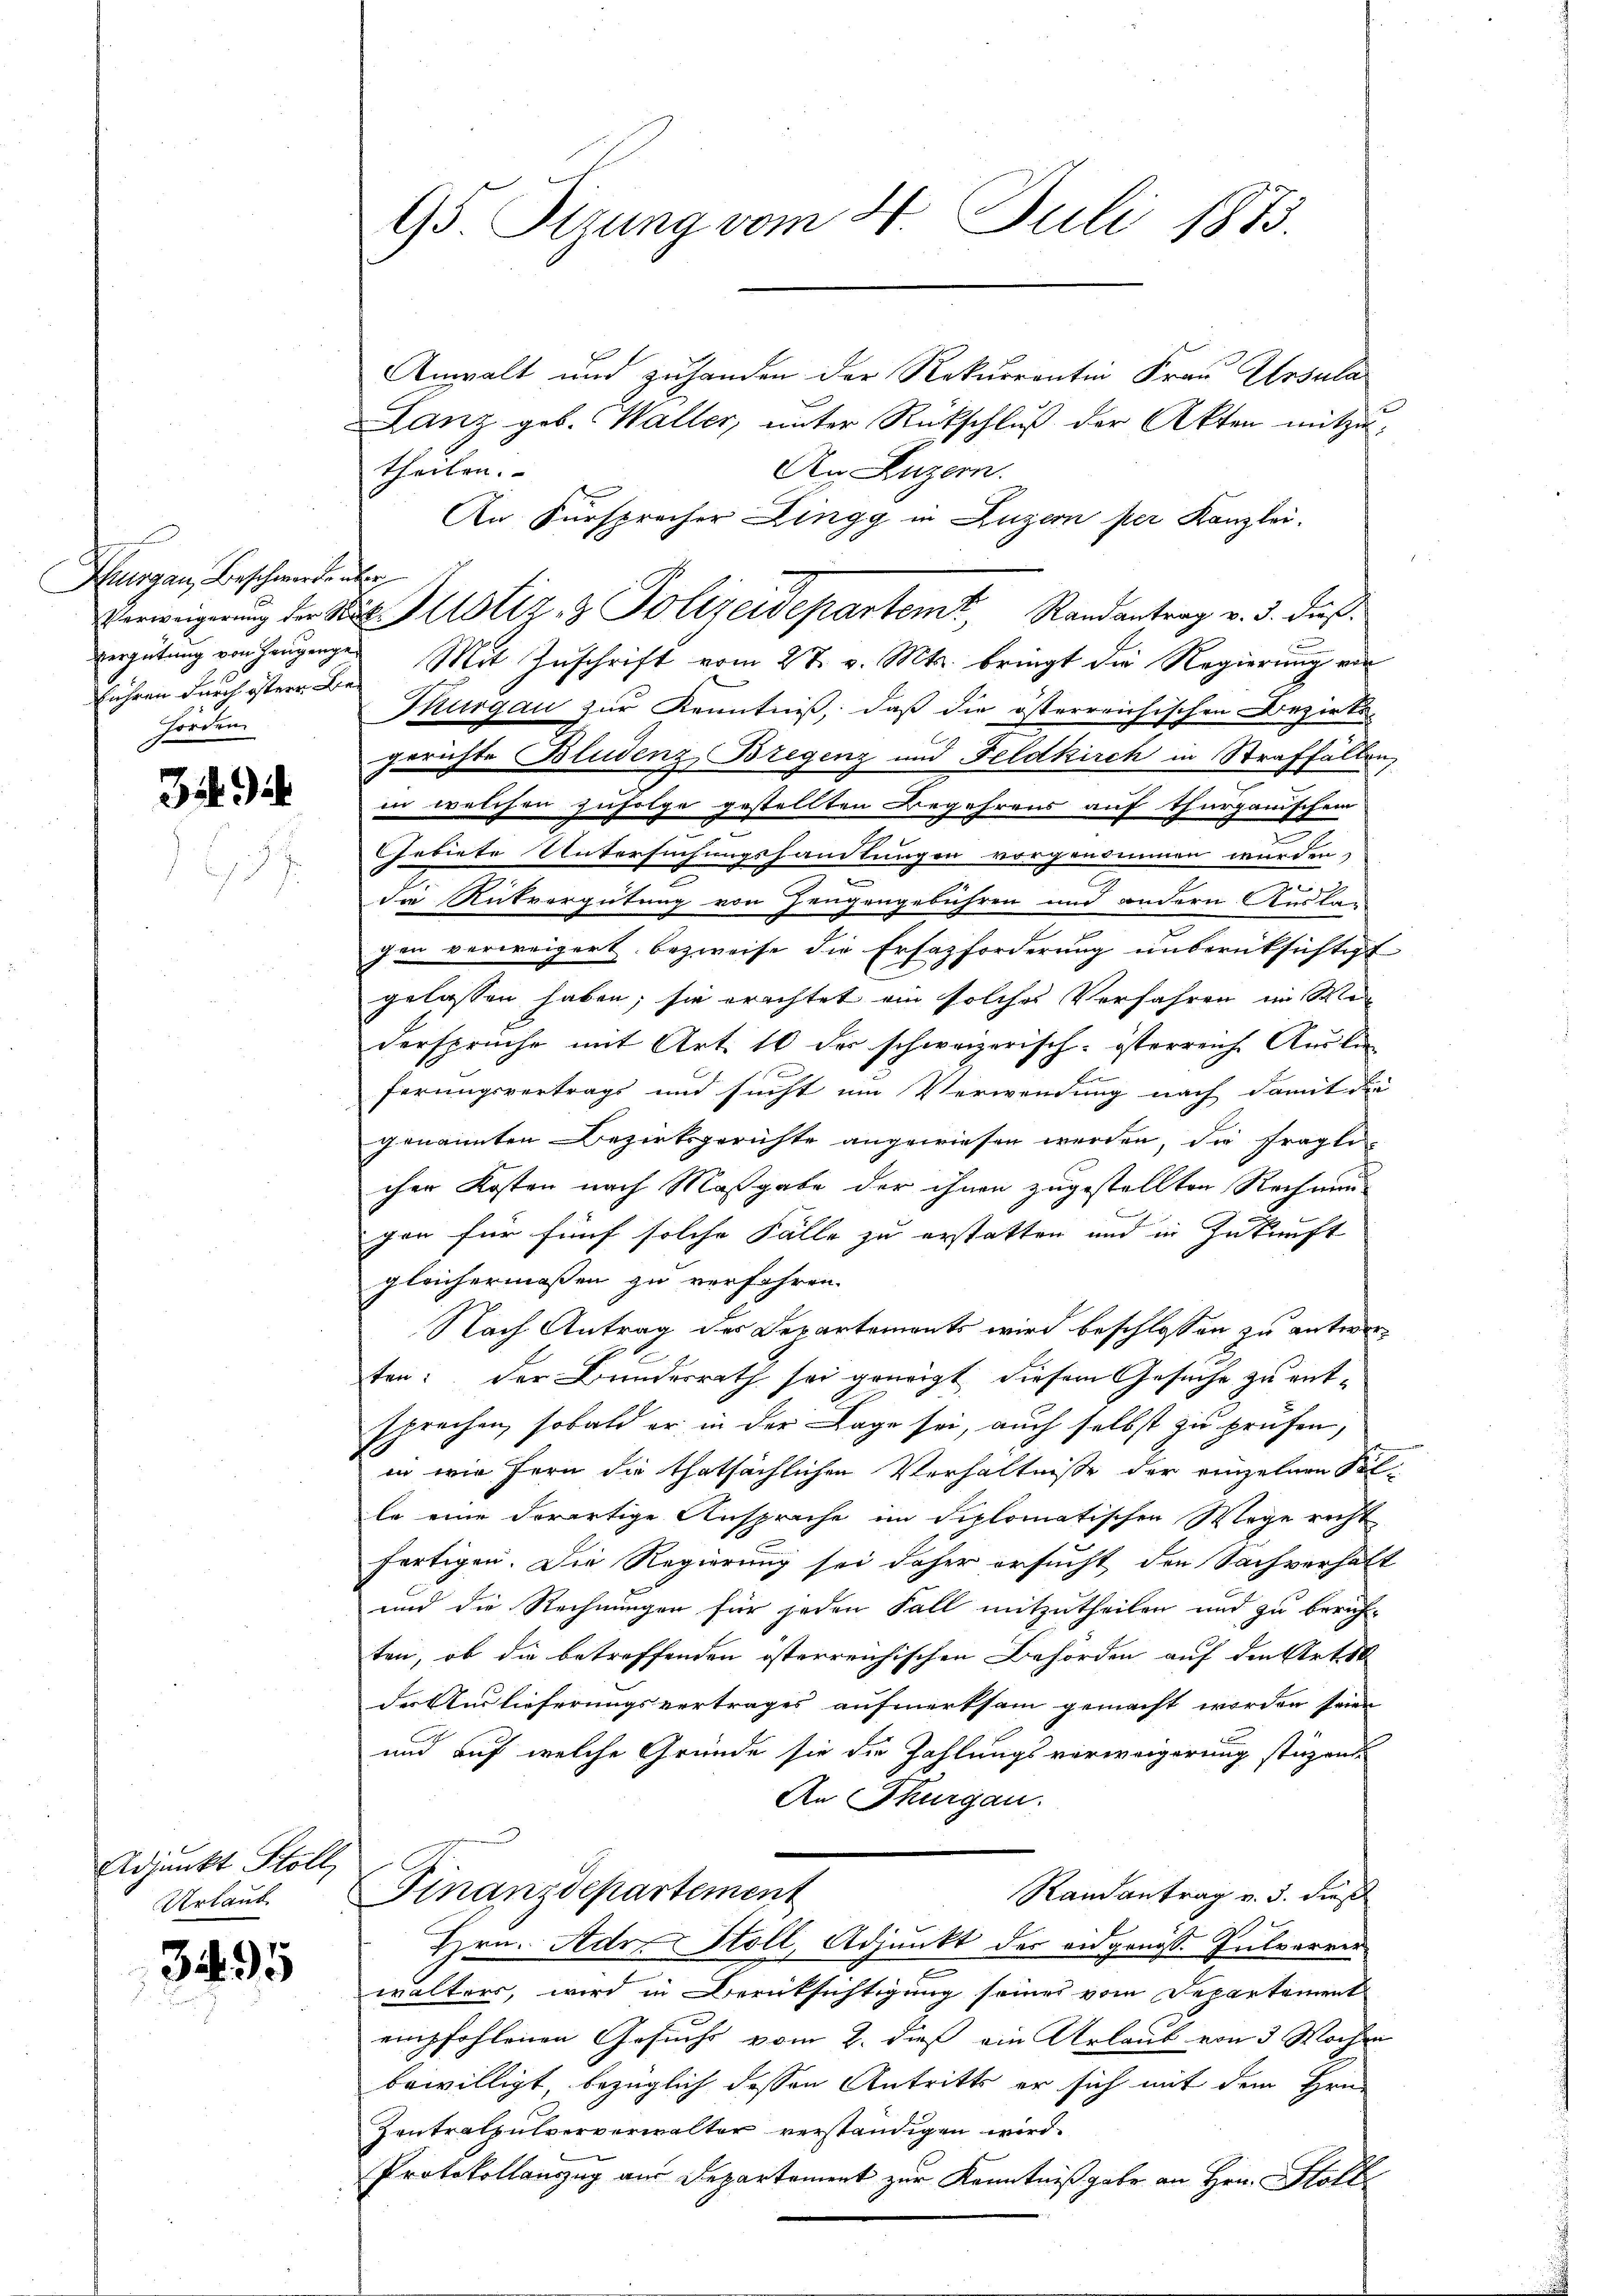
Hungau, Beschwerdender
führen durch östere Be¬
Forden.

3

Adjunkt Stoll,
Urlaub.

395

95 Sizung vom 4. Juli 1873.

Anwalt und zuhanden der Rekurrentin Frau Ursula
Lanz geb. Waller, unter Rückschluß der Akten mitzutheilen.
An Luzern.
An Fürsprecher Dingg in Luzern per Kanzlei.
f
vergütung von Zeugenges Mit Zuschrift vom 27. v. Mts. bringt die Regierung von
Thurgau zur Kenntniß, daß die österreichischen Bezirks-
gerichte Bludenz, Bregenz und Feldkirch in Straffällen,
in welchen zufolge gestellten Begehrens auf Thurganischein
u
Gebiete Untersuchungshandlungen vorgenommen wurden,
2
n
die Rückvergütung von Zeugengebühren und andern Ausla-
gen verweigert bezweife die Ersatzforderung unberüksichtigt
t
gelassen haben; sie erachtet ein solches Verfahren im Wes
dersprüche mit Art. 10 der schweizerisch-österreiche Auslan
Er
ferungsvertrags und sucht um Verwendung nach damit die
genannten Bezirksgerichte angewiesen werden, die fragli
cher Kosten nach Maßgabe der ihnen zugestellten Rechnun
e
gen für fünf solche Fälle zu erstatten und in Zukunft
gleichermassen zu verfahren.
Nach Antrag des Departements wird beschlossen zu antworten: der Bundesrath sei geneigt, diesem Gesuche zu entsprechen, sobald er in der Lage sei, auch selbst zu prüfen,
in wie fern die thatsächlichen Verhältnisse der einzelnen Solle eine derartige Ansprache im Diplomatischen Wege recht
fertigen. Die Regierung sei daher ersucht den Sachverhalt
und die Rechnungen für jeden Fall mitzutheilen und zu berich-
ten, ob die betreffenden österreichischen Behörden auf den Ortest
der Auslieferungsvertrages aufmerksam gemacht worden seien
und auf welche Gründe sie die Zahlungsverweigerung stüzende
An Thurgau.
Finanzdepartement
Randantrag v. 5. dieß
Hrn. Adr. Stoll, Adjunkt der eidgenosse Pulverver
wälters, wird in Berüksichtigung seines vom Departement
empfohlenen Gesuchs vom 2. dieß ein Urlaub von 3 Wochen
bewilligt bezüglich dessen Antritts er sich mit dem Hrn.
Zentralpulververwalter verständigen wird.
Protokollauszug aus Departement zur Kenntnißgabe an Hrn. Stoll

Verweigerŭng der das Potiz & Polizeidepartemt, Randantrag v. 3. dieß¬